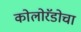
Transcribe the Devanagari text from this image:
कोलोरॅडोचा